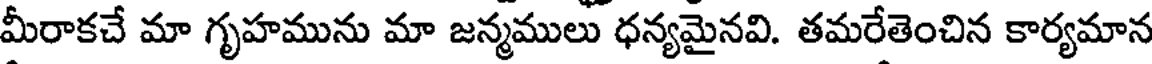
మీరాకచే మా గృహమును మా జన్మములు ధన్యమైనవి. తమరేతెంచిన కార్యమాన